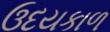
ઉદયકાળ